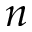
n